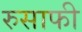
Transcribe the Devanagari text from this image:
रुसाफी